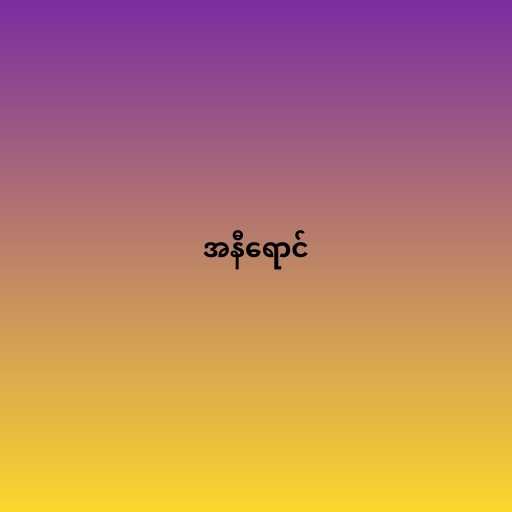
အနီရောင်